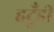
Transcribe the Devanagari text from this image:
हटूँडी